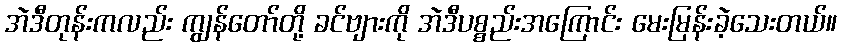
အဲဒီတုန်းကလည်း ကျွန်တော်တို့ ခင်ဗျားကို အဲဒီပစ္စည်းအကြောင်း မေးမြန်းခဲ့သေးတယ်။